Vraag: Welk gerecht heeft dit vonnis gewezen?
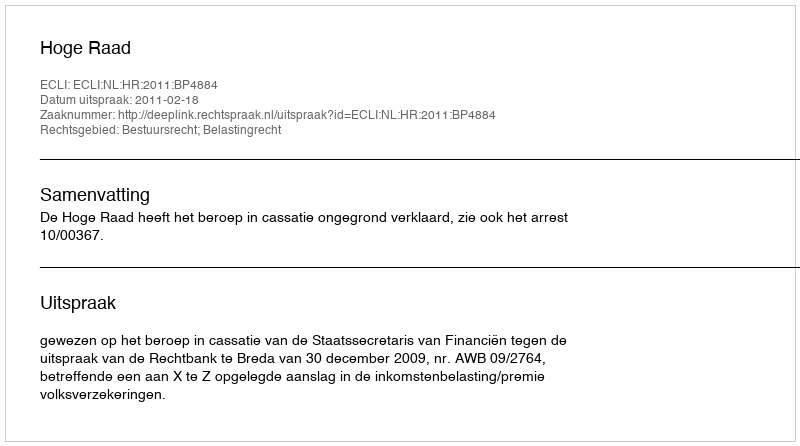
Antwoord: Hoge Raad